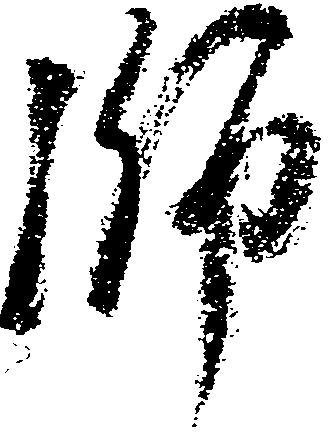
師